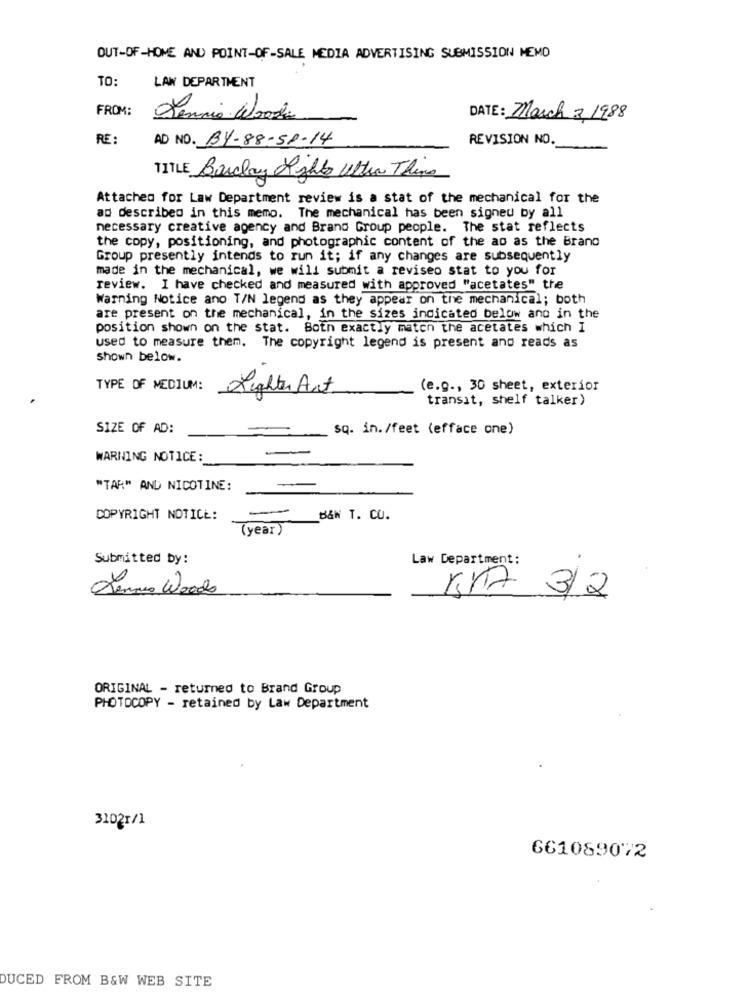
OUT-OF-HOME AND POINT-OF-SALE MEDIA ADVERTISING SUBMISSION MEMO
TO:
LAW DEPARTMENT
FROM:
Tennis Wooda
DATE: March 3,1988
RE:
AD NO. BY-88-51-14
REVISION NO.
TITLE Barclay Right Ultra Thina
Attached for Law Department review is a stat of the mechanical for the
ad described in this memo. The mechanical has been signed by all
necessary creative agency and Brand Group people. The stat reflects
the copy, positioning, and photographic content of the ao as the Brand
Group presently intends to run it; if any changes are subsequently
made in the mechanical, we will submit a reviseo stat to you for
review. I have checked and measured with approved "acetates" the
Warning Notice ano T/N legend as they appear on the mechanical; both
are present on the mechanical, in the sizes indicated below and in the
position shown on the stat. Both exactly maten the acetates which I
used to measure them. The copyright legend is present and reads as
Shown below.
TYPE OF MEDIUM:
(e.g ., 30 sheet, exterior
Lighter Art
transit, shelf talker)
SIZE OF AD:
sq. in. /feet (efface one)
WARNING NOTICE:
"TAR" AND NICOTINE:
-
COPYRIGHT NOTICE:
B&N T. CO.
( year)
Submitted by:
Law Department:
Senno Woods
517 3/2
ORIGINAL - returned to Brand Group
PHOTOCOPY - retained by Law Department
31021/1
661089072
DUCED FROM B&W WEB SITE